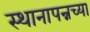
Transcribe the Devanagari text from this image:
स्थानापन्नच्या